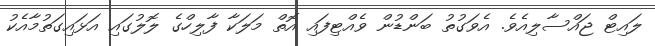
ލައިޓް ޖައްސާލިއެވެ. އެވަގުތު ބަންޑުން ވެއްޓިފައި އޮތް މަލަކާ ފާލިހްގެ ލޮލުގައި އަޅައިގަތުމާއެކު